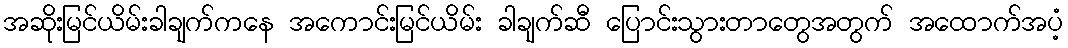
အဆိုးမြင်ယိမ်းခါချက်ကနေ အကောင်းမြင်ယိမ်း ခါချက်ဆီ ပြောင်းသွားတာတွေအတွက် အထောက်အပံ့